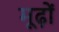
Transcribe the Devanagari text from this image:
मूढ़ों